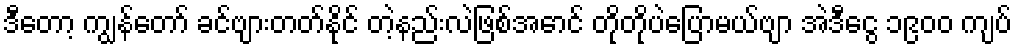
ဒီတော့ ကျွန်တော် ခင်ဗျားတတ်နိုင် တဲ့နည်းလဲဖြစ်အောင် တိုတိုပဲပြောမယ်ဗျာ အဲဒီငွေ ၁၉၀၀ ကျပ်